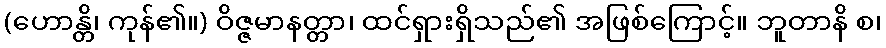
(ဟောန္တိ၊ ကုန်၏။) ဝိဇ္ဇမာနတ္တာ၊ ထင်ရှားရှိသည်၏ အဖြစ်ကြောင့်။ ဘူတာနိ စ၊